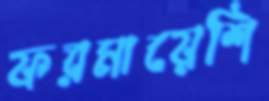
ফরমায়েশি